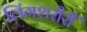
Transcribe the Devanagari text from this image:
लिंगशरीरीं